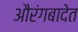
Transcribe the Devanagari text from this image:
औरंगबादेत